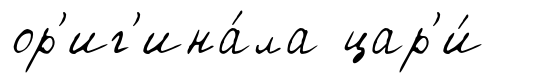
ор'иг'ина́ла цар'и́